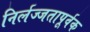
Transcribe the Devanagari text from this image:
निर्लज्जतापूर्वक